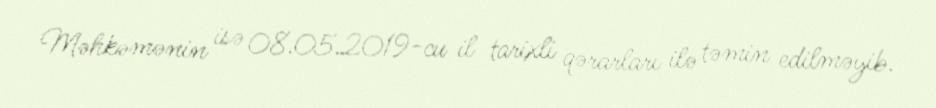
Məhkəmənin isə 08.05.2019-cu il tarixli qərarları ilə təmin edilməyib.